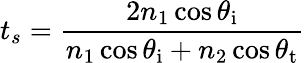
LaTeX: t_{s}={\frac{2n_{1}\cos\theta_{\mathrm{i}}}{n_{1}\cos\theta_{\mathrm{i}}+n_{2}\cos\theta_{\mathrm{t}}}}